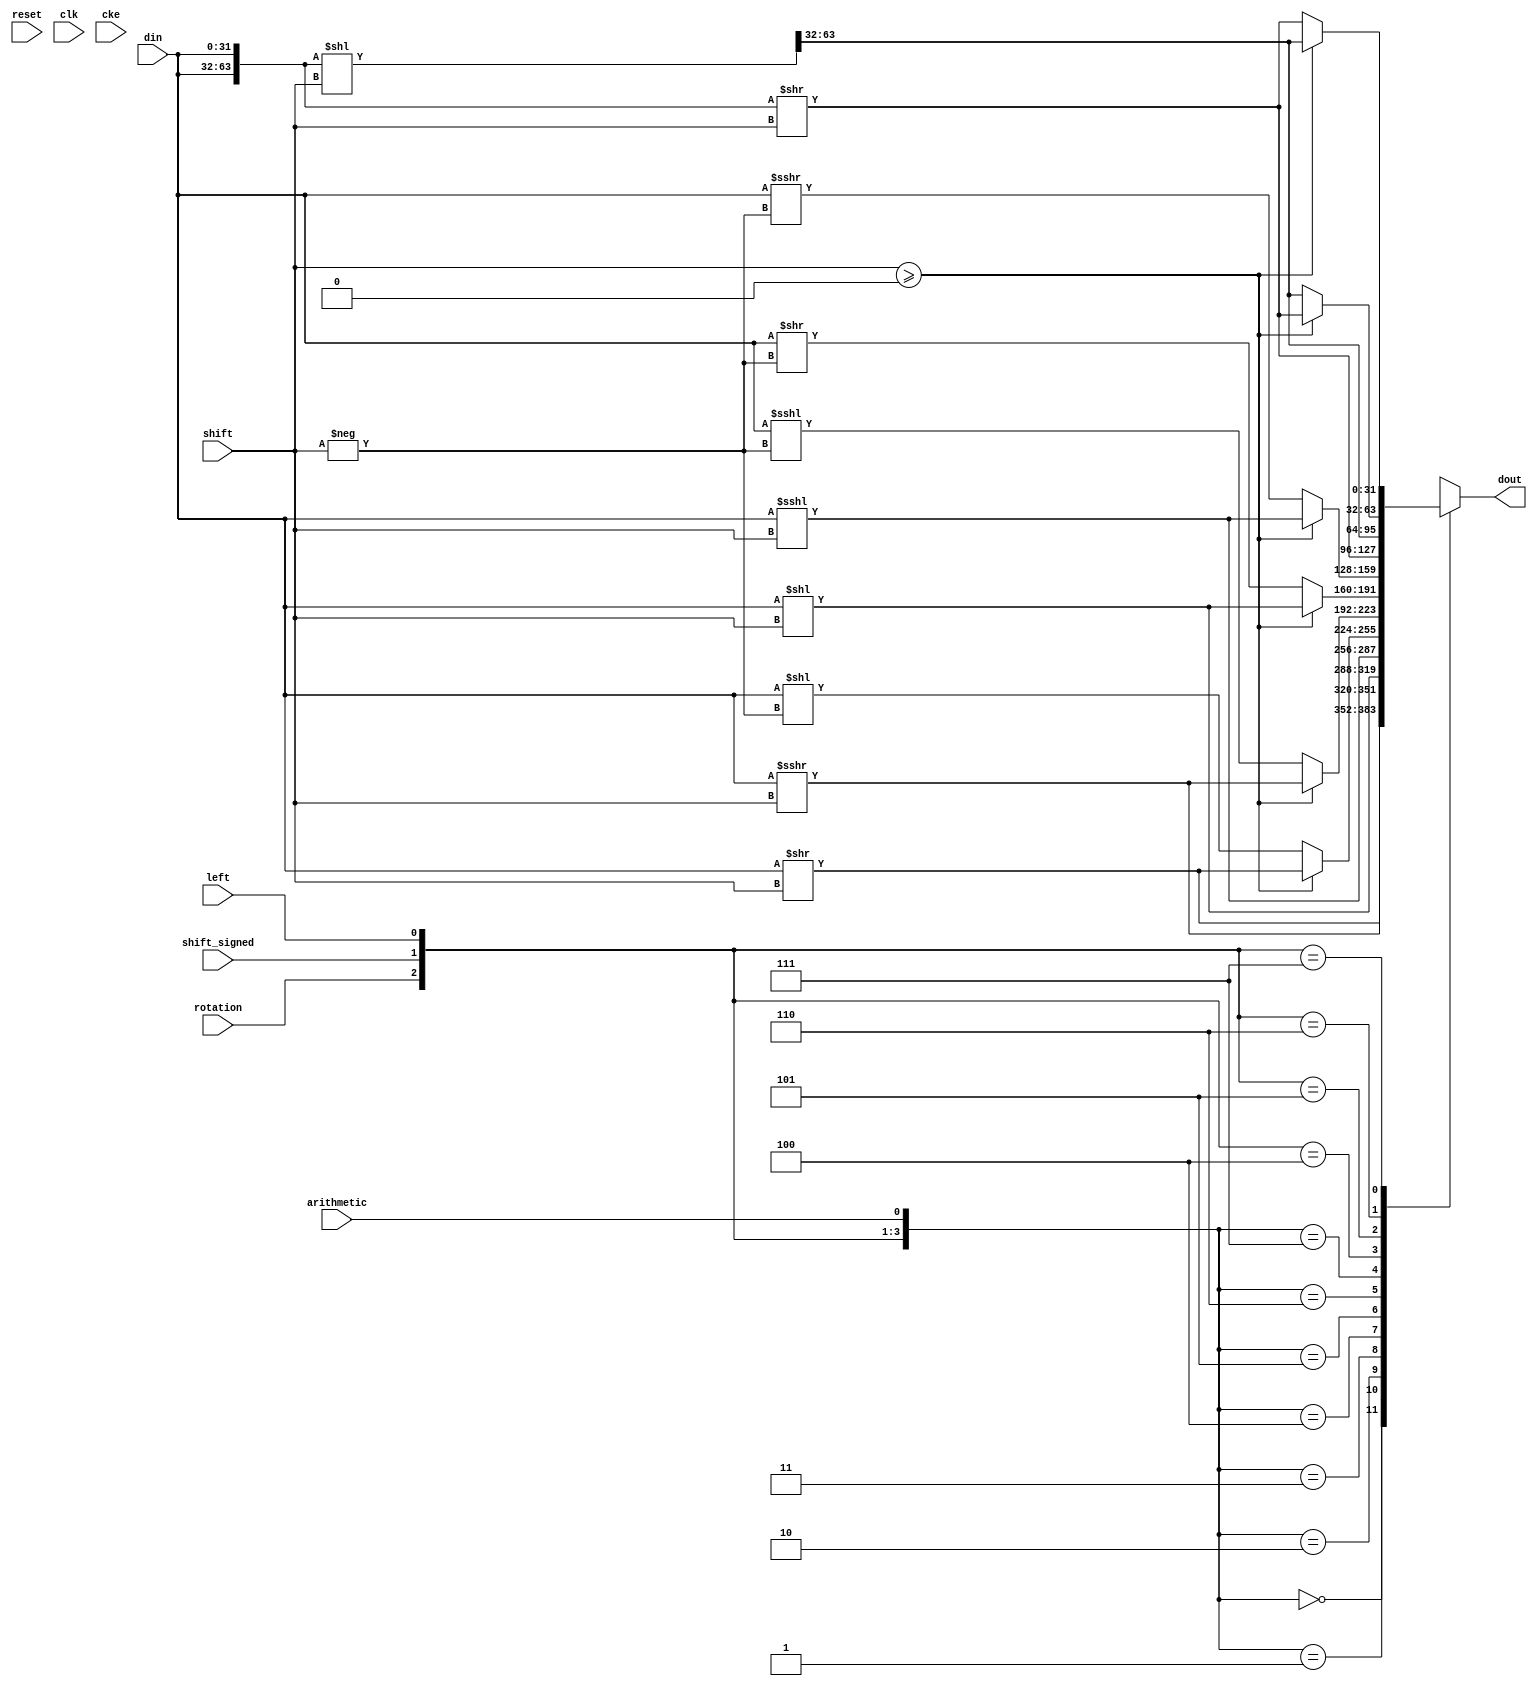
// ---------------------------------------------------------------------------
//  Jelly  -- The platform for real-time computing
//
//                                 Copyright (C) 2008-2015 by Ryuji Fuchikami
//                                 https://github.com/ryuz/jelly.git
// ---------------------------------------------------------------------------



`timescale 1ns / 1ps
`default_nettype none


// selecter
module jelly_shift
        #(
            parameter   SHIFT_WIDTH  = 5,
            parameter   DATA_WIDTH   = 32
        )
        (
            input   wire                        reset,
            input   wire                        clk,
            input   wire                        cke,

            input   wire                        left,
            input   wire                        rotation,
            input   wire                        arithmetic,
            input   wire                        shift_signed,
            
            input   wire    [SHIFT_WIDTH-1:0]   shift,
            input   wire    [DATA_WIDTH-1:0]    din,
            output  reg     [DATA_WIDTH-1:0]    dout
        );
    
    wire            [SHIFT_WIDTH-1:0]   ushift = shift;
    wire    signed  [SHIFT_WIDTH-1:0]   sshift = shift;

    wire            [DATA_WIDTH-1:0]    udata  = din;
    wire    signed  [DATA_WIDTH-1:0]    sdata  = din;
    
    localparam  ROT_NUM   = ((1 << SHIFT_WIDTH) + DATA_WIDTH + (DATA_WIDTH-1)) / DATA_WIDTH;
    localparam  ROT_SHIFT = (ROT_NUM - 1) * DATA_WIDTH;
    
    always @* begin
        dout = {DATA_WIDTH{1'bx}};
        
        casex ( {rotation, shift_signed, left, arithmetic} )
        4'b0000: dout = (udata >>  ushift);
        4'b0001: dout = (sdata >>> ushift);
        4'b0010: dout = (udata <<  ushift);
        4'b0011: dout = (sdata <<< ushift);
        
        4'b0100: dout = ((sshift >= 0) ? (udata >>  sshift) : (udata <<  -sshift));
        4'b0101: dout = ((sshift >= 0) ? (sdata >>> sshift) : (sdata <<< -sshift));
        4'b0110: dout = ((sshift >= 0) ? (udata <<  sshift) : (udata >>  -sshift));
        4'b0111: dout = ((sshift >= 0) ? (sdata <<< sshift) : (sdata >>> -sshift));

        4'b100x: dout = ({ROT_NUM{udata}} >> ushift);
        4'b101x: dout = (({ROT_NUM{udata}} << ushift) >> ROT_SHIFT);
        4'b110x: dout = ((sshift >= 0) ? ({ROT_NUM{udata}} >> sshift) : (({ROT_NUM{udata}} << ushift) >> ROT_SHIFT));
        4'b111x: dout = ((sshift >= 0) ? (({ROT_NUM{udata}} << ushift) >> ROT_SHIFT) : ({ROT_NUM{udata}} >> sshift));
        default: dout = {DATA_WIDTH{1'bx}};
        endcase
    end
    
endmodule


`default_nettype wire


// end of file